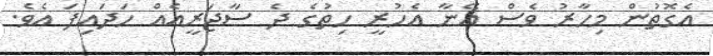
އެގޮތުން މިހާރު ވެސް އޭނާ އެހުރީ ހިތުގެ ދެ ސާޖަރީއެއް ހަދައިފަ އެވެ.